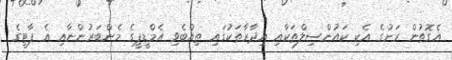
އެގޮތުން ރަށުގެ އެކި ކައުންސިލްތަކާއި އިދާރާތަކުގައި ތިއްބެވި އެމްޑީޕީގެ މެންބަރުންނާއި އެ ޕާޓީގެ